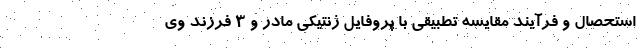
استحصال و فرآیند مقایسه تطبیقی با پروفایل ژنتیکی مادر و ۳ فرزند وی